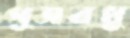
পূত্রবধু